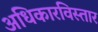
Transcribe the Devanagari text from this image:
अधिकारविस्तार